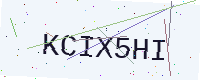
Text: KCIX5HI